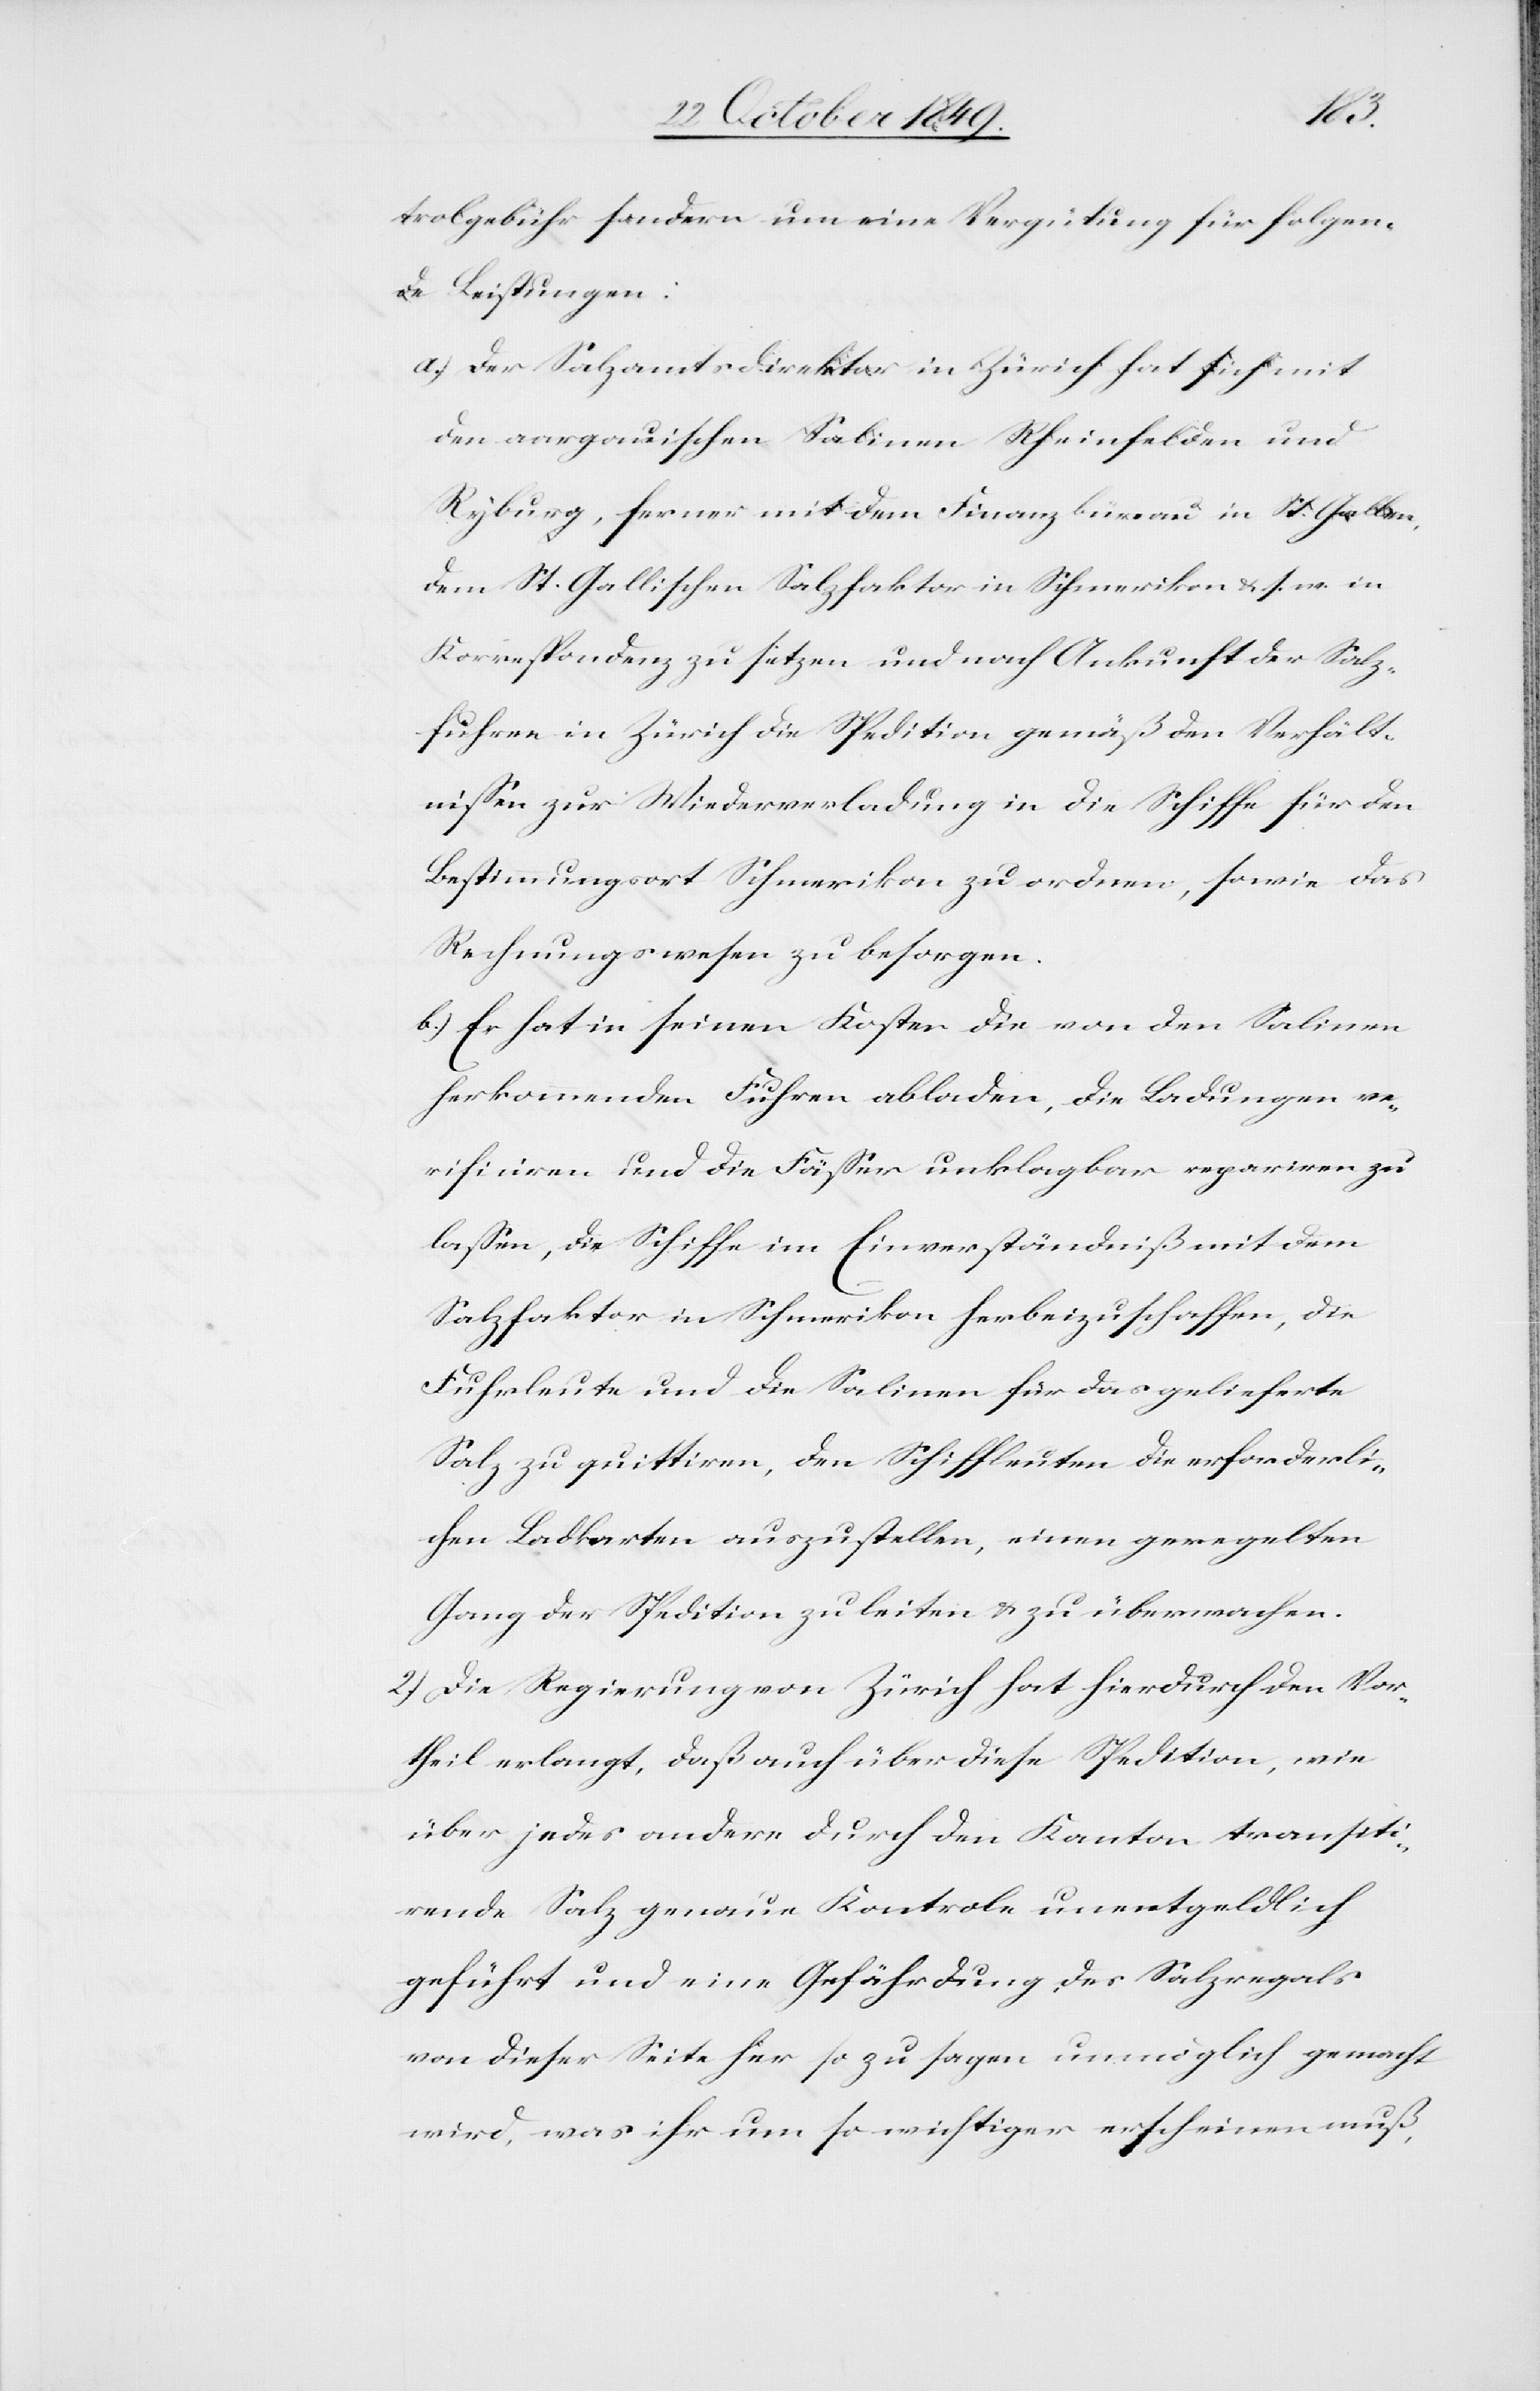
trolgebühr sondern um eine Vergütung für folgen¬
de Leistungen:
a.) der Salzamtsdirektor in Zürich hat sich mit
den aargauischen Salinen Rheinfelden und
Ryburg, ferner mit dem Finanzbüreau in St. Gallen,
dem St. Gallischen Salzfaktor in Schmerikon &. s. w. in
Korrespondenz zu setzen und nach Ankunft der Salz¬
fuhren in Zürich die Spedition gemäß den Verhält¬
nissen zur Wiederverladung in die Schiffe für den
Bestimmungsort Schmerikon zu ordnen, sowie das
Rechnungswesen zu besorgen.
b.) Er hat in seinen Kosten die von den Salinen
herkommenden Fuhren abladen, die Ladungen ve¬
rificiren und die Fässer unklagbar repariren zu
lassen, die Schiffe im Einverständniß mit dem
Salzfaktor in Schmerikon herbeizuschaffen, die
Fuhrleute und die Salinen für das gelieferte
Salz zu quittiren, den Schiffleuten die erforderli¬
chen Ladkarten auszustellen, einen geregelten
Gang der Spedition zu leiten & zu übermachen.
2.) Die Regierung von Zürich hat hierdurch den Vor¬
theil erlangt, daß auch über diese Spedition, wie
über jedes andere durch den Kanton transiti¬
rende Salz genaue Kontrole unentgeldlich
geführt und eine Gefährdung des Salzregals
von dieser Seite her so zu sagen unmöglich gemacht
wird, was ihr um so wichtiger erscheinen muß,